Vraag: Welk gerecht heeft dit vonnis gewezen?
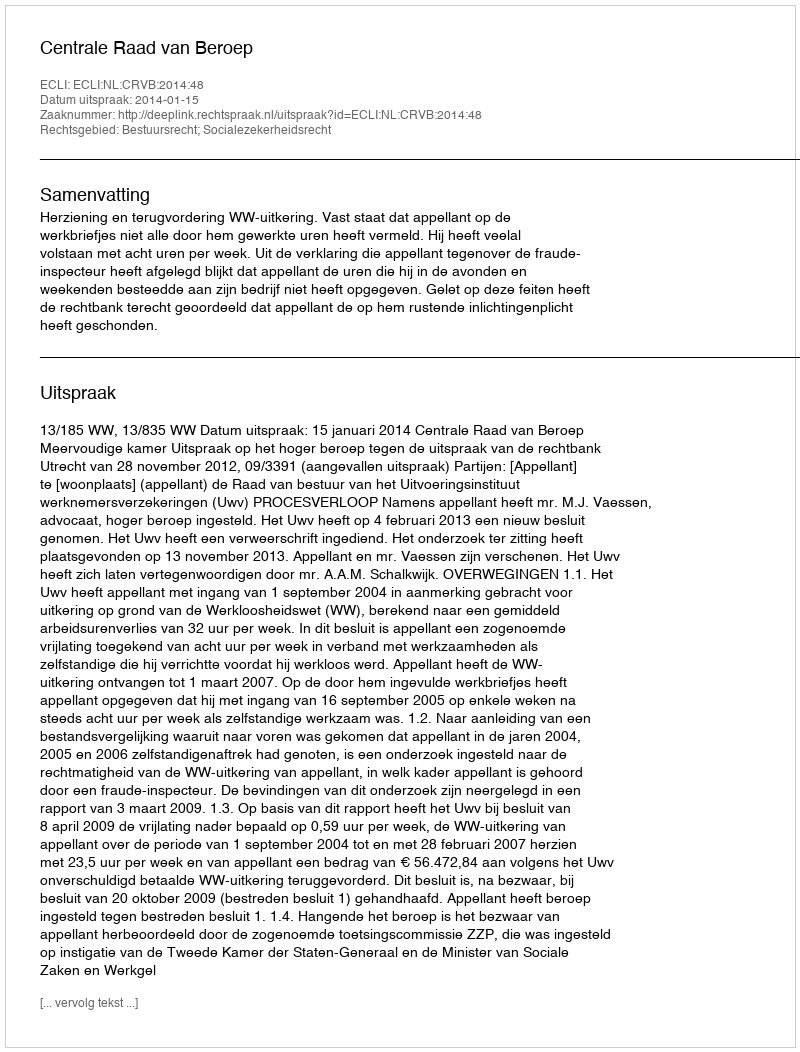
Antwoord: Centrale Raad van Beroep